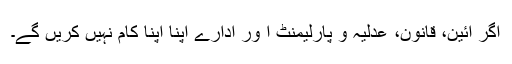
اگر آئین، قانون، عدلیہ و پارلیمنٹ ا ور ادارے اپنا اپنا کام نہیں کریں گے۔